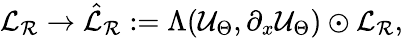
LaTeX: \mathcal{L}_{\mathcal{R}}\rightarrow\hat{\mathcal{L}}_{\mathcal{R}}:=\Lambda(\mathcal{U}_{\Theta},\partial_{x}\mathcal{U}_{\Theta})\odot\mathcal{L}_{\mathcal{R}},